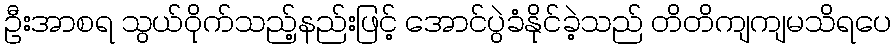
ဦးအာစရ သွယ်ဝိုက်သည့်နည်းဖြင့် အောင်ပွဲခံနိုင်ခဲ့သည် တိတိကျကျမသိရပေ